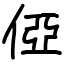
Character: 俹